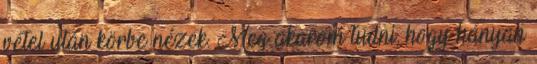
vétel után körbe nézek. Meg akarom tudni, hogy hányan